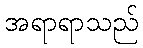
အရာရာသည်